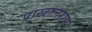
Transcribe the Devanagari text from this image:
पाखालराम